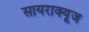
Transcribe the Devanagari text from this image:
सायराक्यूज